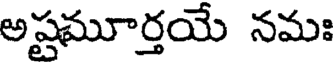
అష్టమూర్తయే నమః